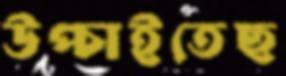
উপ্‌চাইতেছ